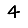
Digit: 4